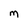
Character: m